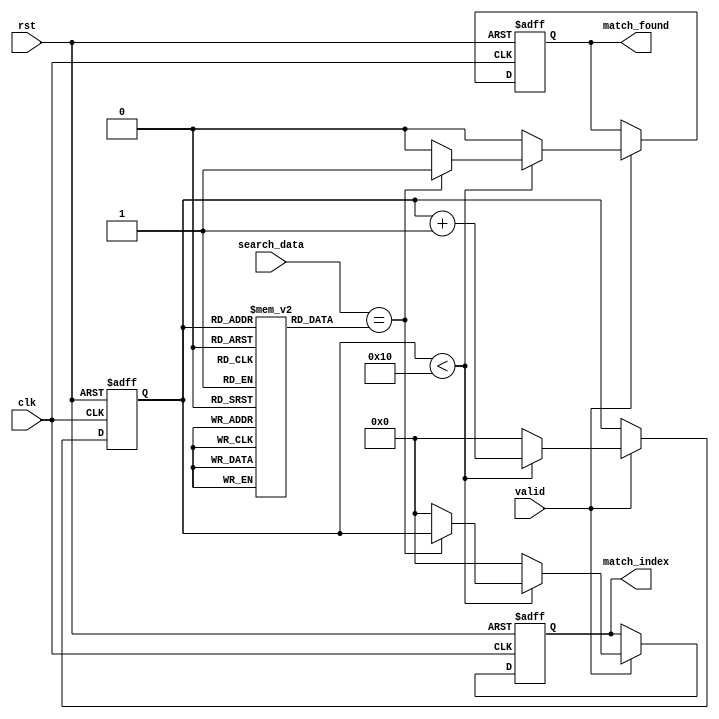
module sequential_cam #(
    parameter N = 16, // Number of entries in the CAM
    parameter W = 8    // Width of each entry in bits
)(
    input               clk,
    input               rst,
    input               valid,     // Signal to initiate search
    input  [W-1:0]     search_data, // Data to be searched
    output reg          match_found, // Match status
    output reg [3:0]   match_index  // Index of matching entry
);

    // Memory Array
    reg [W-1:0] memory [0:N-1]; // CAM memory array

    // State Variables
    reg [3:0] current_index; // Current row in the memory being compared

    // Match detection logic
    reg match_temp; // Temporary match signal

    // Control Logic
    always @(posedge clk or posedge rst) begin
        if (rst) begin
            current_index <= 0;
            match_found <= 0;
            match_index <= 0;
        end else if (valid) begin
            match_found <= 0; // Reset match found at the beginning of a new search
            match_index <= 0; // Reset index

            // Sequential search operation
            if (current_index < N) begin
                // Compare the input data with the current memory entry
                match_temp = (search_data == memory[current_index]);
                if (match_temp) begin
                    match_found <= 1; // Match found
                    match_index <= current_index; // Store the index of the matching entry
                end
                current_index <= current_index + 1; // Move to the next entry
            end else begin
                current_index <= 0; // Reset for the next search cycle
            end
        end
    end

    // Memory Initialization - can be modified or replaced
    initial begin
        // Initialize memory with some values for testing
        memory[0] = 8'hA0;
        memory[1] = 8'hB1;
        memory[2] = 8'hC2;
        memory[3] = 8'hD3;
        memory[4] = 8'hE4;
        memory[5] = 8'hF5;
        memory[6] = 8'h10;
        memory[7] = 8'h11;
        memory[8] = 8'h12;
        memory[9] = 8'h13;
        memory[10] = 8'h14;
        memory[11] = 8'h15;
        memory[12] = 8'h16;
        memory[13] = 8'h17;
        memory[14] = 8'h18;
        memory[15] = 8'h19;
    end

endmodule